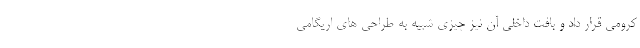
کرومی قرار داد و بافت داخلی آن نیز چیزی شبیه به طراحی های اریگامی